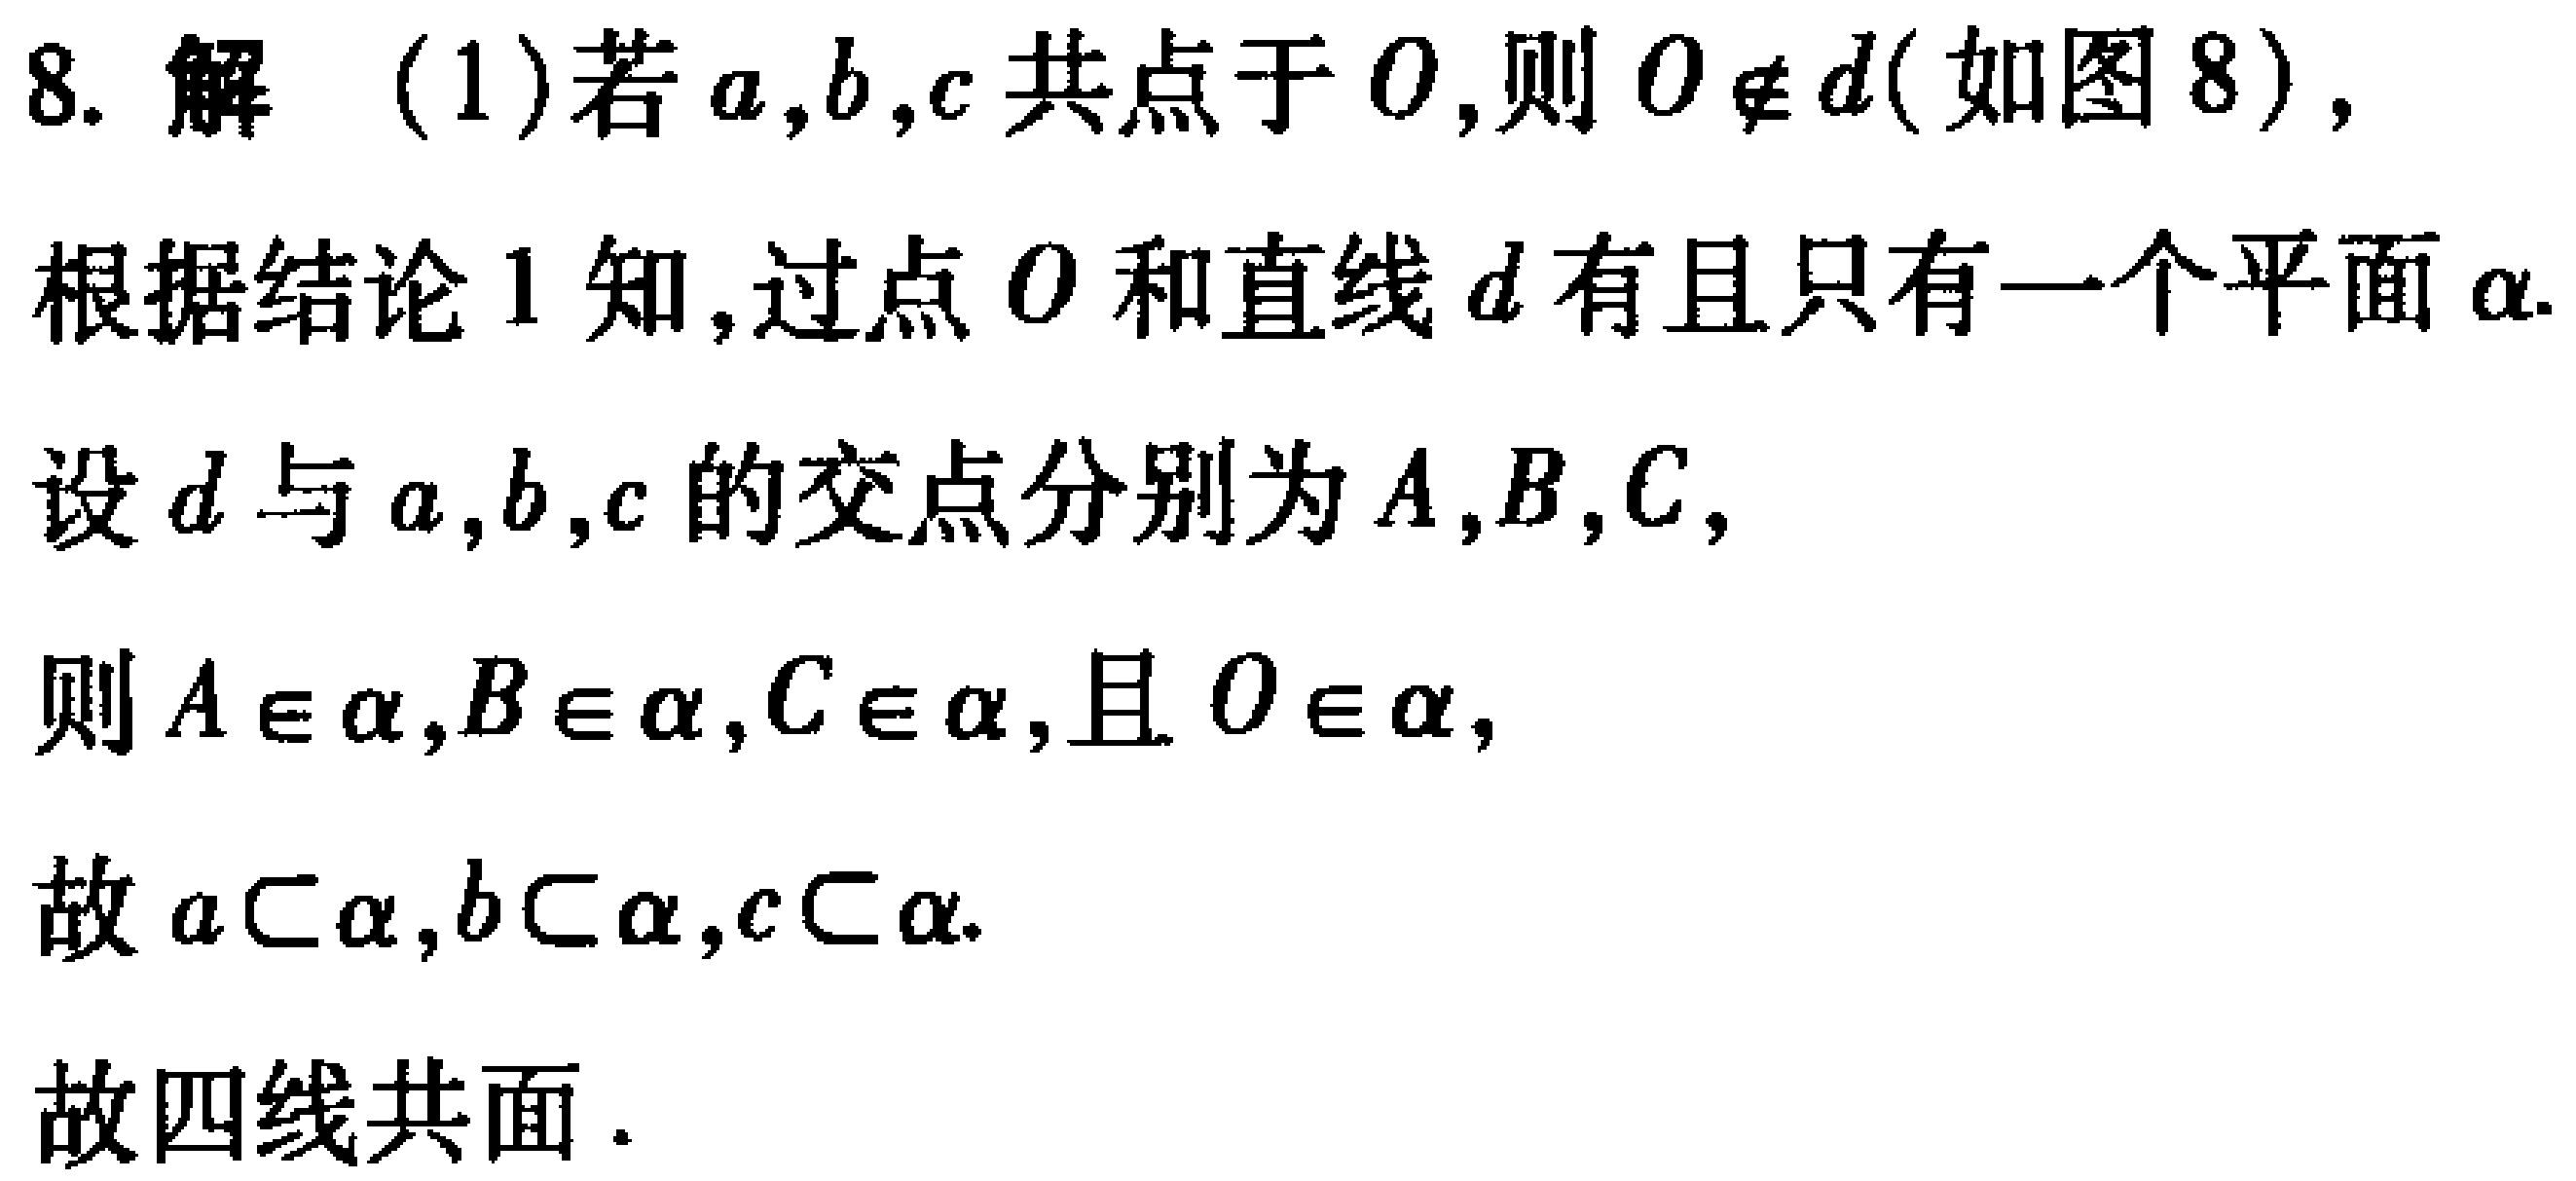
8. 解 （1）若\(a,b,c\)共点于\(O\)，则\(O\notin d\)（如图8），
根据结论1知，过点\(O\)和直线\(d\)有且只有一个平面\(\alpha\).
设\(d\)与\(a,b,c\)的交点分别为\(A,B,C\)，
则\(A\in\alpha,B\in\alpha,C\in\alpha\)，且 \(O\in\alpha\)，
故\(a\subset\alpha,b\subset\alpha,c\subset\alpha\).
故四线共面.